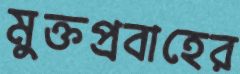
মুক্তপ্রবাহের